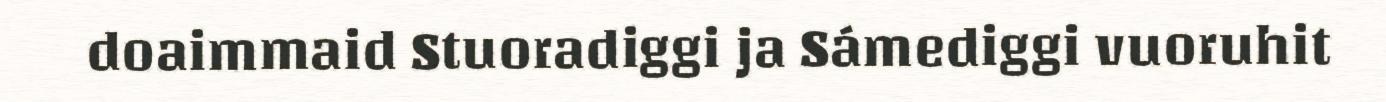
doaimmaid Stuoradiggi ja Sámediggi vuoruhit